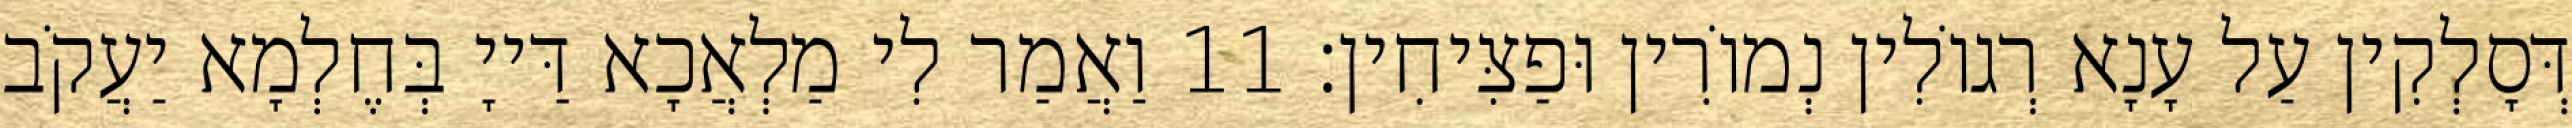
דְּסָלְקִין עַל עָנָא רְגוֹלִין נְמוֹרִין וּפַצִּיחִין׃ 11 וַאֲמַר לִי מַלְאֲכָא דַּייָ בְּחֶלְמָא יַעֲקֹב